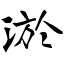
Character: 淤